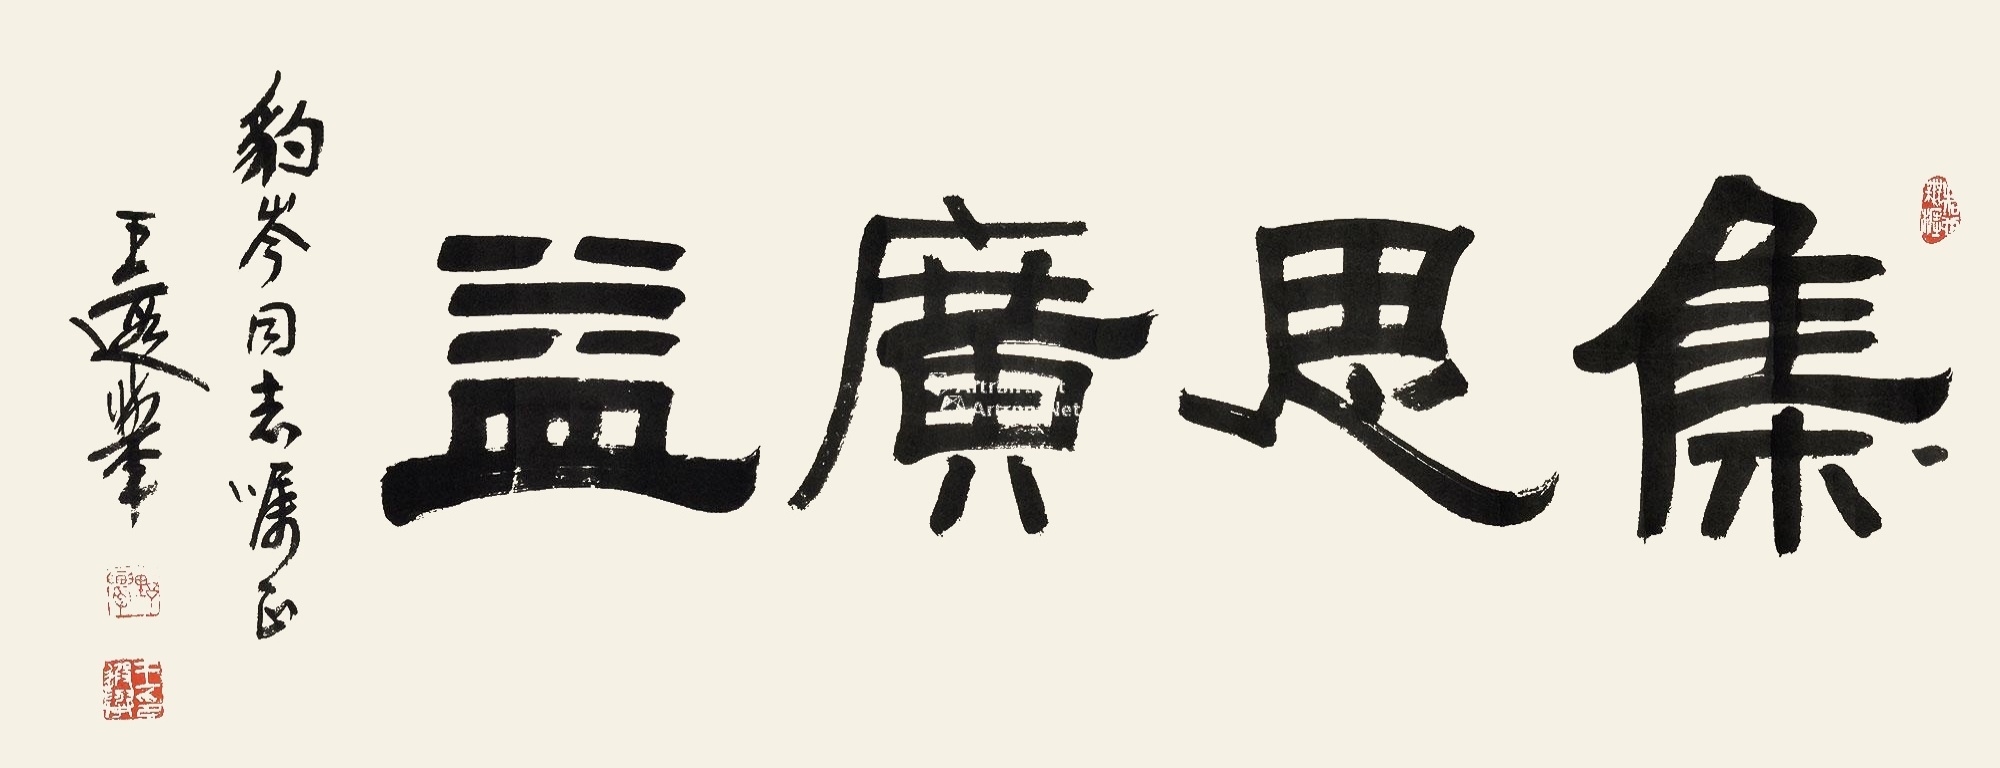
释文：集思广益。豹岑同志嘱正，王遐举。